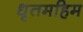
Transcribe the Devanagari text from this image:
धृतमहिम